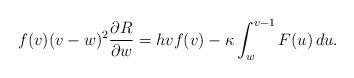
LaTeX: \begin{align*}f(v)(v-w)^2\frac{\partial R}{\partial w}=hvf(v)-\kappa\int_w^{v-1}F(u)\,du.\end{align*}